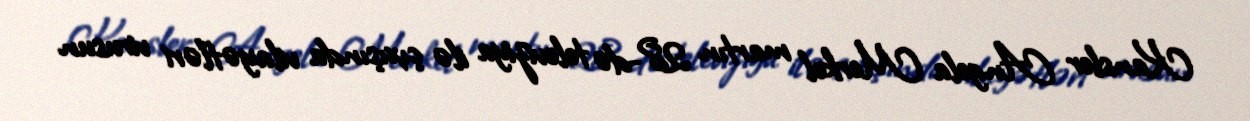
Kansler Angela Merkel martın 28-də televiziya ilə çıxışında vilayətləri virusun